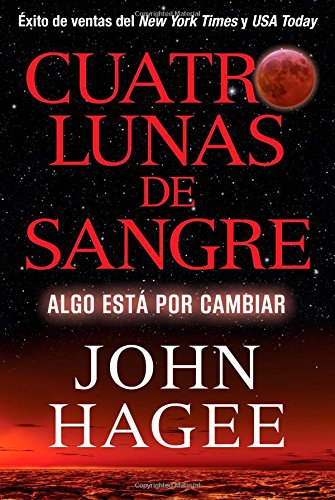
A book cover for Cuatro Lunas de Sangre: Algo EstÃ¡ Por Cambiar (Spanish Edition); John Hagee; Christian Books & Bibles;